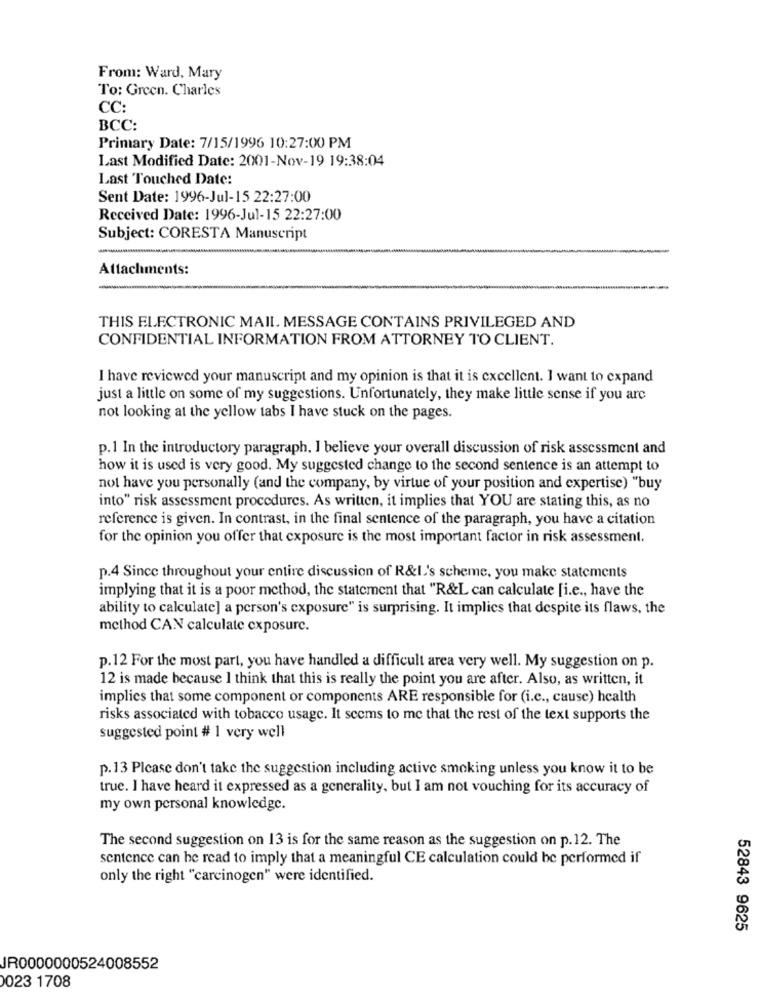
From: Ward, Mary
To: Green. Charles
CC:
BCC:
Primary Date: 7/15/1996 10:27:00 PM
Last Modified Date: 2001-Nov-19 19:38:04
Last Touched Date:
Sent Date: 1996-Jul-15 22:27:00
Received Date: 1996-Jul-15 22:27:00
Subject: CORESTA Manuscript
Attachments:
-
THIS ELECTRONIC MAIL. MESSAGE CONTAINS PRIVILEGED AND
CONFIDENTIAL INFORMATION FROM ATTORNEY TO CLIENT.
I have reviewed your manuscript and my opinion is that it is excellent. I want to expand
just a little on some of my suggestions. Unfortunately, they make little sense if you are
not looking at the yellow tabs I have stuck on the pages.
p.1 In the introductory paragraph, I believe your overall discussion of risk assessment and
how it is used is very good. My suggested change to the second sentence is an attempt to
not have you personally (and the company, by virtue of your position and expertise) "buy
into" risk assessment procedures. As written, it implies that YOU are stating this, as no
reference is given. In contrast, in the final sentence of the paragraph, you have a citation
for the opinion you offer that exposure is the most important factor in risk assessment.
p.4 Since throughout your entire discussion of R&L's scheme, you make statements
implying that it is a poor method, the statement that "R&L can calculate [i.e ., have the
ability to calculate] a person's exposure" is surprising. It implies that despite its flaws, the
method CAN calculate exposure.
p.12 For the most part, you have handled a difficult area very well. My suggestion on p.
12 is made because I think that this is really the point you are after. Also, as written, it
implies that some component or components ARE responsible for (i.c ., cause) health
risks associated with tobacco usage. It seems to me that the rest of the text supports the
suggested point # 1 very well
p.13 Please don't take the suggestion including active smoking unless you know it to be
true. I have heard it expressed as a generality, but I am not vouching for its accuracy of
my own personal knowledge.
The second suggestion on 13 is for the same reason as the suggestion on p. 12. The
sentence can be read to imply that a meaningful CE calculation could be performed if
only the right "carcinogen" were identified.
52843 9625
JR0000000524008552
0023 1708